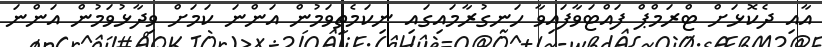
އާއި ދެކޮޅަށް ޓްރަމްޕް ފައްޓަވާފައިވާ ހަނގުރާމައިގައި ނިކަމެތިވަމުން އަންނަ ކަމަށް ވިދާޅުވަމުން އަންނަ